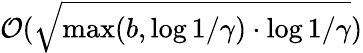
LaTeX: \mathcal{O}(\sqrt{\operatorname*{max}(b,\log{1/\gamma})\cdot\log{1/\gamma}})